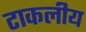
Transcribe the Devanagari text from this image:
टाकलीय